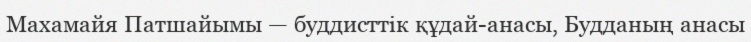
Махамайя Патшайымы — буддисттік құдай-анасы, Будданың анасы